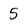
Character: 5